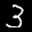
Label: 3